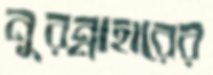
নুরন্নাহারের